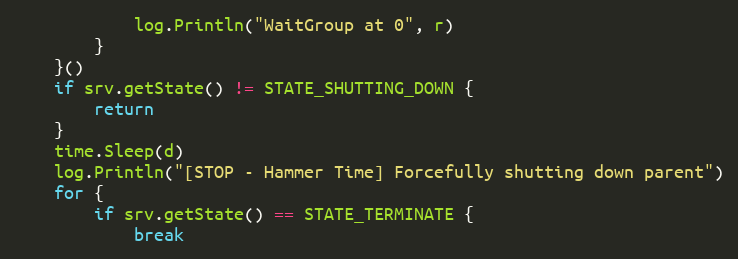
Language: Go
			log.Println("WaitGroup at 0", r)
		}
	}()
	if srv.getState() != STATE_SHUTTING_DOWN {
		return
	}
	time.Sleep(d)
	log.Println("[STOP - Hammer Time] Forcefully shutting down parent")
	for {
		if srv.getState() == STATE_TERMINATE {
			break